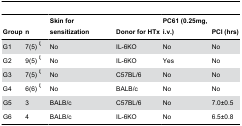
<table><thead><tr><td><b>Group</b></td><td><b>n</b></td><td><b>Skin for sensitization</b></td><td><b>Donor for HTx</b></td><td><b>PC61 (0.25mg, i.v.)</b></td><td><b>PCI (hrs) </b></td></tr></thead><tbody><tr><td>G1 </td><td>7(5) <sup>ξ</sup></td><td>No </td><td>IL-6KO </td><td>No </td><td>No </td></tr><tr><td>G2 </td><td>9(5) <sup>ξ</sup></td><td>No </td><td>IL-6KO </td><td>Yes </td><td>No </td></tr><tr><td>G3 </td><td>7(5) <sup>ξ</sup></td><td>No </td><td>C57BL/6 </td><td>No </td><td>No </td></tr><tr><td>G4 </td><td>6(6) <sup>ξ</sup></td><td>No </td><td>BALB/c </td><td>No </td><td>No </td></tr><tr><td>G5 </td><td>3 </td><td>BALB/c </td><td>C57BL/6 </td><td>No </td><td>7.0±0.5</td></tr><tr><td>G6 </td><td>4 </td><td>BALB/c </td><td>IL-6KO </td><td>No </td><td>6.5±0.8 </td></tr></tbody></table>